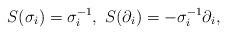
LaTeX: \begin{align*}S(\sigma_i)=\sigma_i^{-1}, \ S(\partial_i)=-\sigma_i^{-1}\partial_i,\end{align*}